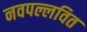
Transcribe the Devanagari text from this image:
नवपल्लवित